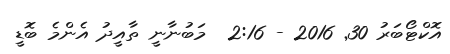
އޮކްޓޯބަރު 30